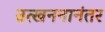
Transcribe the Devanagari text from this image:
उत्खननानंतर